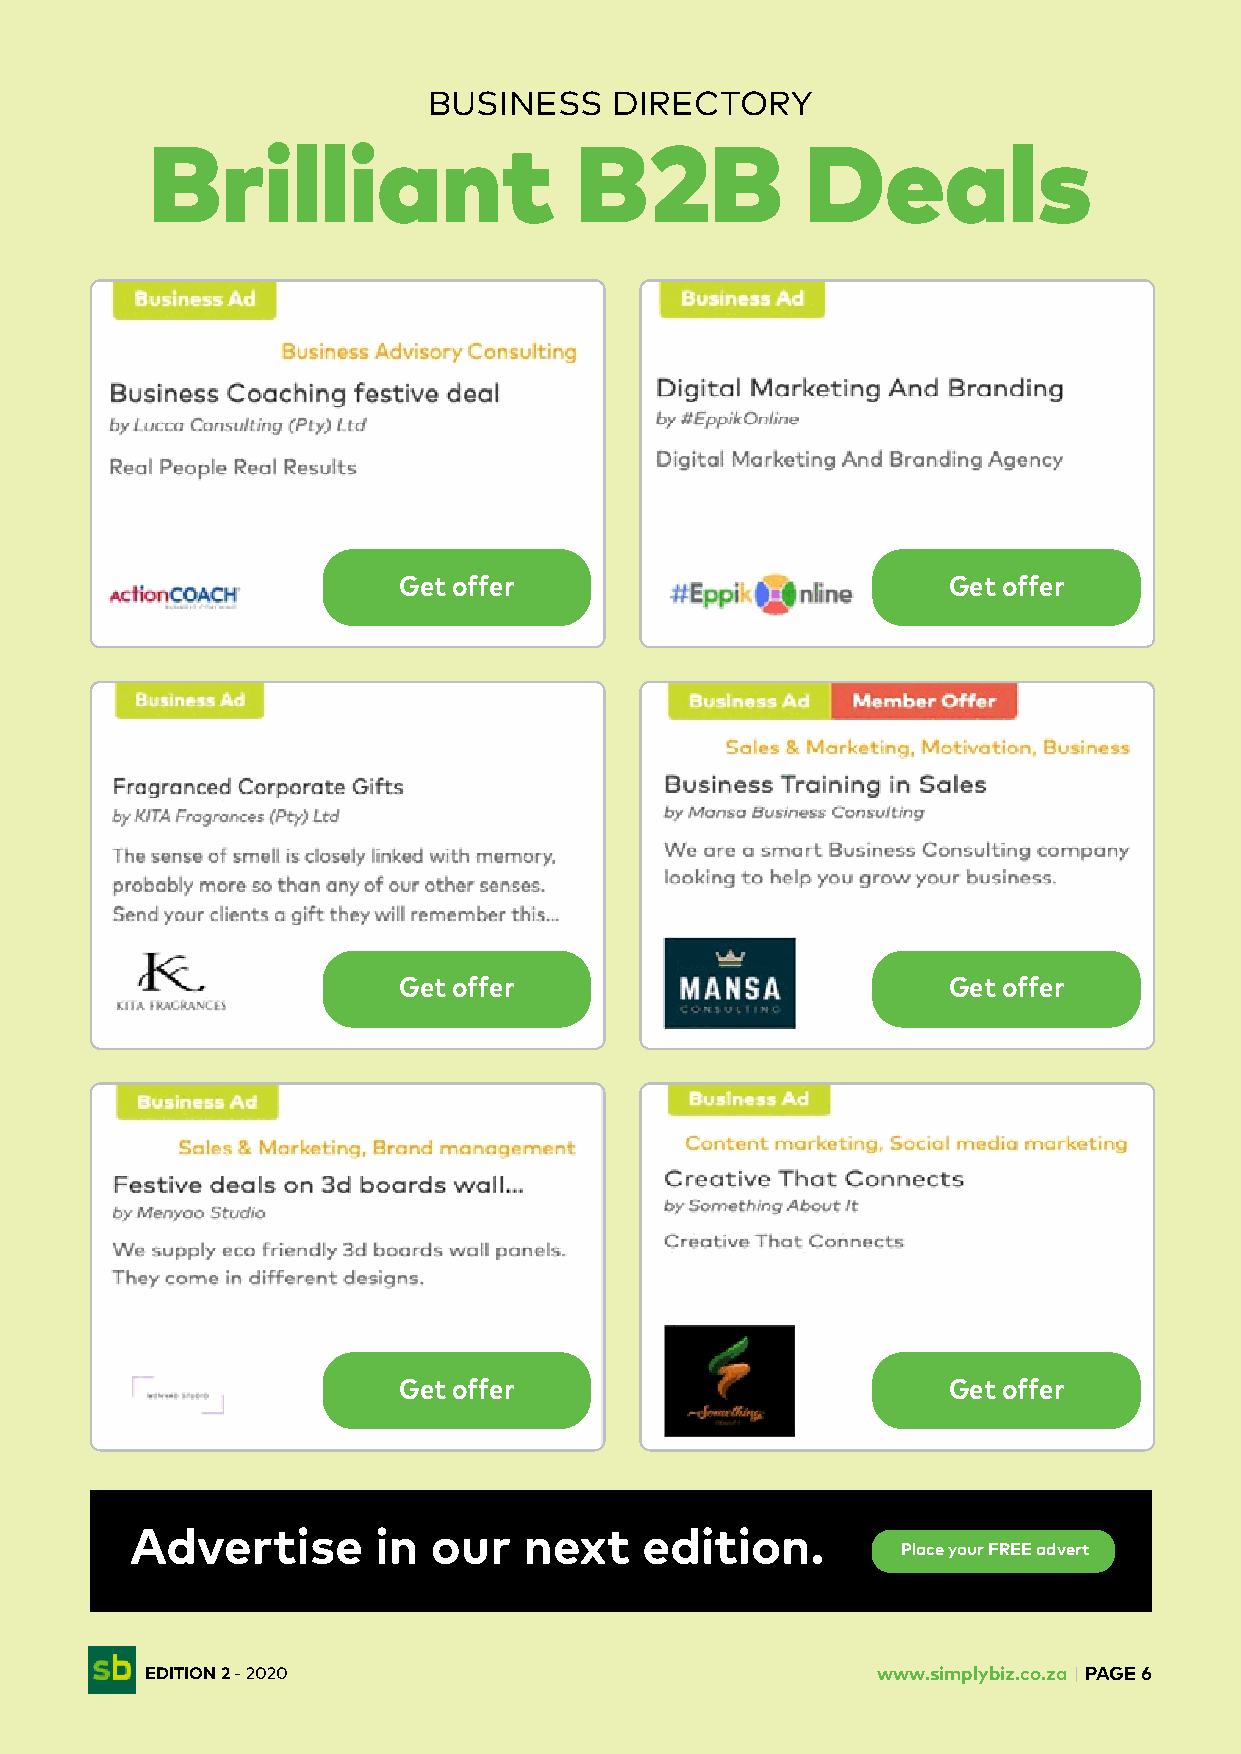
BUSINESS     DIRECTORY
 Brilliant                   B2B            Deals
 Get offer                            Get offer
 Get offer                            Get offer
 Get offer                            Get offer
 Advertise       in our    next    edition.
 Place your FREE advert
 EDITION 2 - 2020                                www.simplybiz.co.za | PAGE 6